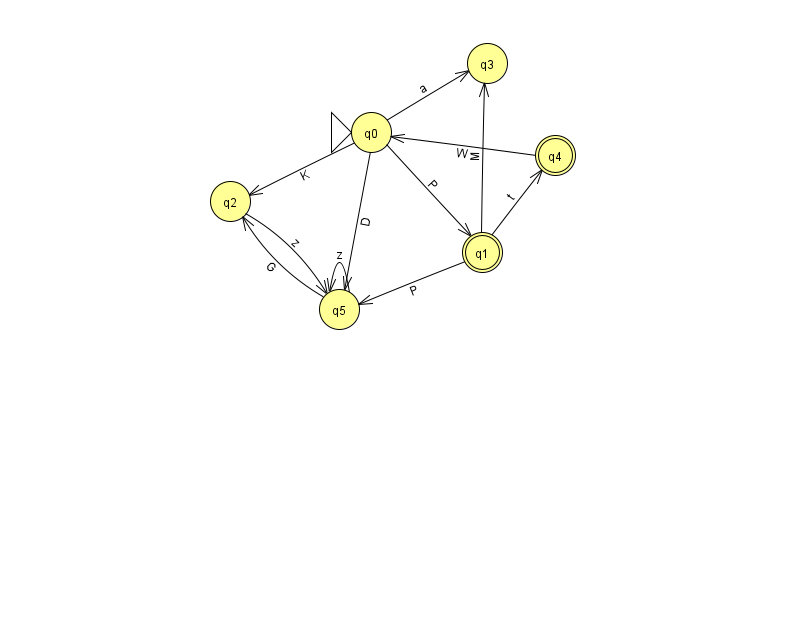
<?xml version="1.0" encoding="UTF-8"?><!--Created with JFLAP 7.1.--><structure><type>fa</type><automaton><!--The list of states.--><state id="0" name="q0"><x>371.0</x><y>119.0</y><initial/></state><state id="1" name="q1"><x>482.0</x><y>239.0</y><final/></state><state id="2" name="q2"><x>230.0</x><y>188.0</y></state><state id="3" name="q3"><x>487.0</x><y>50.0</y></state><state id="4" name="q4"><x>555.0</x><y>142.0</y><final/></state><state id="5" name="q5"><x>339.0</x><y>296.0</y></state><!--The list of transitions.--><transition><from>1</from><to>5</to><read>P</read></transition><transition><from>1</from><to>4</to><read>t</read></transition><transition><from>0</from><to>3</to><read>a</read></transition><transition><from>5</from><to>2</to><read>G</read></transition><transition><from>0</from><to>2</to><read>K</read></transition><transition><from>1</from><to>3</to><read>M</read></transition><transition><from>0</from><to>5</to><read>D</read></transition><transition><from>5</from><to>5</to><read>z</read></transition><transition><from>2</from><to>5</to><read>z</read></transition><transition><from>0</from><to>1</to><read>P</read></transition><transition><from>4</from><to>0</to><read>W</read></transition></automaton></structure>